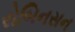
રોબિનસન